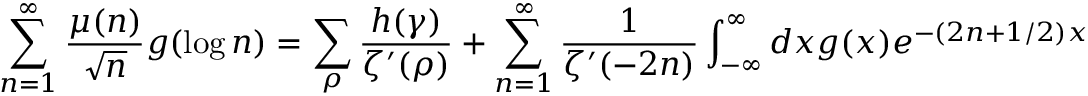
\sum _ { n = 1 } ^ { \infty } { \frac { \mu ( n ) } { \sqrt { n } } } g ( \log n ) = \sum _ { \rho } { \frac { h ( \gamma ) } { \zeta ^ { \prime } ( \rho ) } } + \sum _ { n = 1 } ^ { \infty } { \frac { 1 } { \zeta ^ { \prime } ( - 2 n ) } } \int _ { - \infty } ^ { \infty } d x g ( x ) e ^ { - ( 2 n + 1 / 2 ) x }